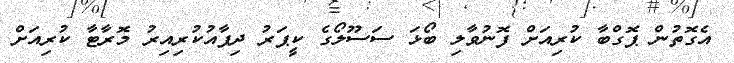
އެގޮތުން ޕޮގްބާ ކުރިއަށް ފޮނުވާލި ބޯޅަ ސަސޫލޯގެ ކީޕަރު ދިފާއުކުރިއިރު މޮރާޓާ ކުރިއަށް